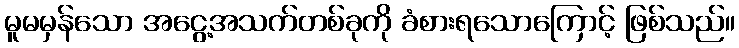
မူမမှန်သော အငွေ့အသက်တစ်ခုကို ခံစားရသောကြောင့် ဖြစ်သည်။